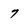
Character: 7